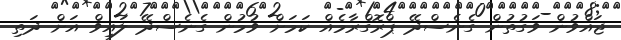
ޖައްވުން ވަގުތުން ގެނެސްދޭ ޕްރޮގްރާމެއް ކަމަށް ވުމުން ގެނެސްދޭ ލައިވް އަށް ދަތި